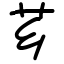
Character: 芗